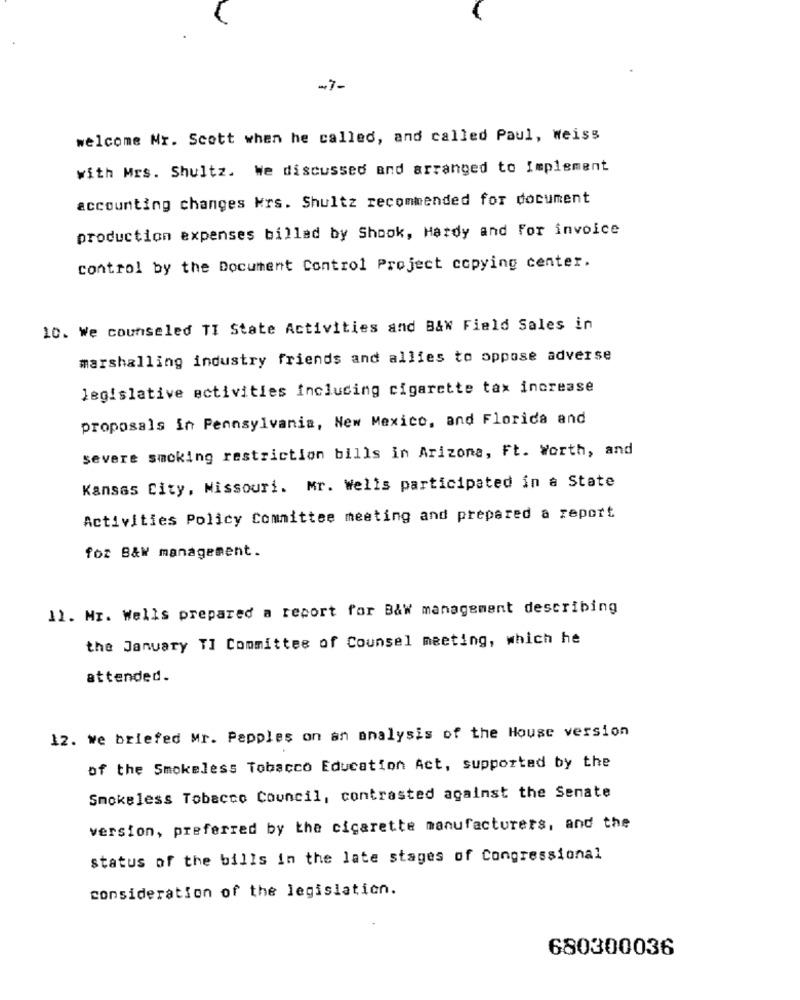
-7-
welcome Mr. Scott when he called, and called Paul, weiss
with Mrs. Shultz. We discussed and arranged to Implement
accounting changes krs. Shultz recommended for document
production expenses billed by Shook, Hardy and For invoice
control by the Document Control Project copying center.
10. We counseled TI State Activities and B&W Field Sales in
marshalling industry friends and allies to oppose adverse
legislative activities including cigarette tax increase
proposals in Pennsylvania, New Mexico, and Florida and
severe smoking restriction bills in Arizona, Ft. Worth, and
Kansas City, Missouri. Mr. Wells participated in a State
Activities Policy Committee meeting and prepared a report
foz B&W management.
11. Mr. Wells prepared a report for B&W management describing
the January TI Committee of Counsel meeting, which he
attended.
12. we briefed Mr. Papples on an analysis of the House version
of the Smokeless Tobacco Education Act, supported by the
Smokeless Tobacco Council, contrasted against the Senate
version, preferred by the cigarette manufacturers, and the
status of the bills in the late stages of Congressional
consideration of the legislation.
680300036